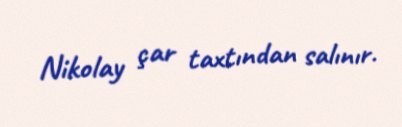
Nikolay çar taxtından salınır.